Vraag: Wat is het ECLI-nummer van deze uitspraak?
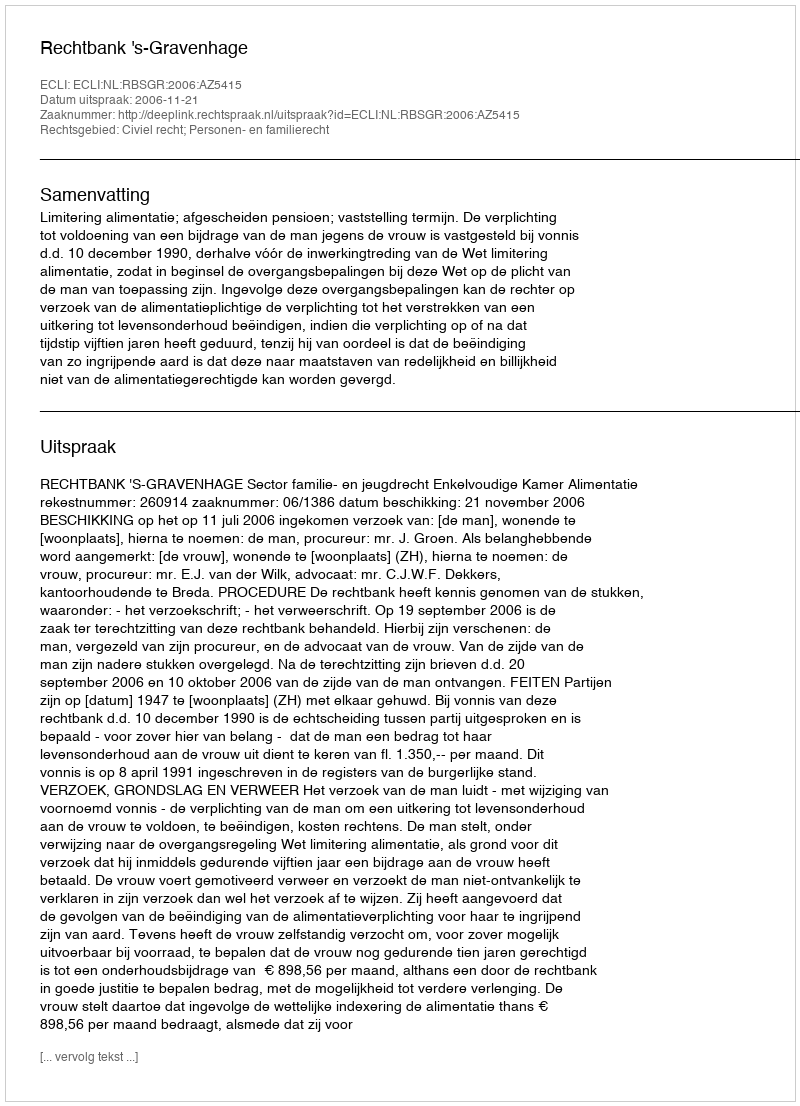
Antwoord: ECLI:NL:RBSGR:2006:AZ5415